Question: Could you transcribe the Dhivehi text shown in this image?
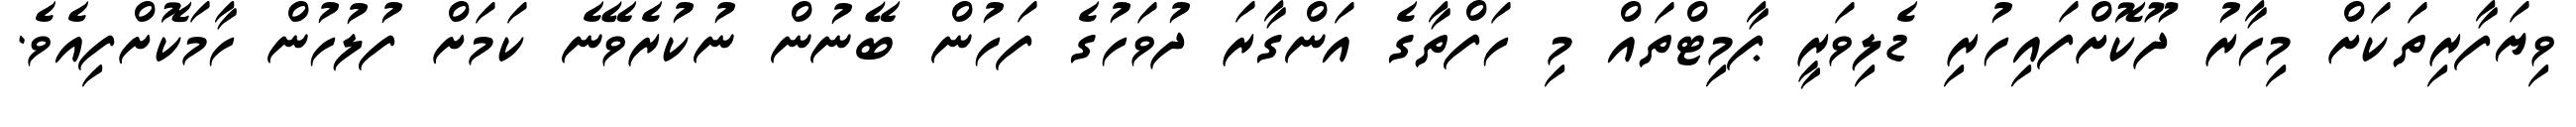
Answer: ވިޔަފާރިތަކަށް މިހާރު ދޫކޮށްފައިހުރި ޑެލިވަރީ ޕާމިޓްތައް މި ހަފްތާގެ އަންގާރަ ދުވަހުގެ ފަހުން ބޭނުން ނުކުރެވޭނެ ކަމަށް ފުލުހުން ހާމަކޮށްފިއެވެ.